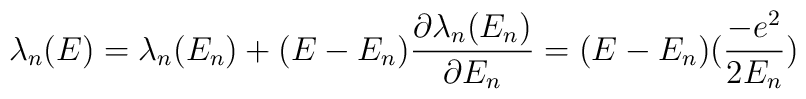
\lambda_{n}(E) = \lambda_{n}(E_{n}) + (E-E_{n})\frac{\partial \lambda_{n}(E_{n})}{\partial E_{n}} = (E-E_{n})(\frac{-e^{2}}{2E_{n}})